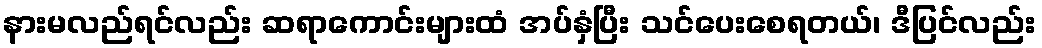
နားမလည်ရင်လည်း ဆရာကောင်းများထံ အပ်နှံပြီး သင်ပေးစေရတယ်၊ ဒီပြင်လည်း